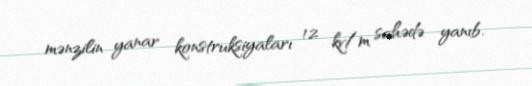
mənzilin yanar konstruksiyaları 12 kv/m sahədə yanıb.